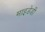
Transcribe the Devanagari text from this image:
माइडेडी